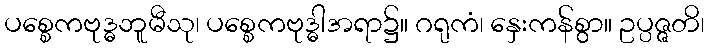
ပစ္စေကဗုဒ္ဓဘူမီသု၊ ပစ္စေကဗုဒ္ဓါအရာ၌။ ဂရုကံ၊ နှေးကန်စွာ။ ဥပ္ပဇ္ဇတိ၊